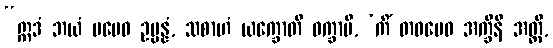
“ဣဒံ ဘယံ မမေဝ ဥပ္ပန္နံ, သစာဟံ ယက္ခောတိ ဝက္ခာမိ, ‘ကိံ တဝမေဝ အက္ခီနိ အတ္ထိ,